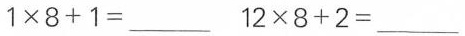
$$1 \times 8 +1 = _ _ _ $$ $$12 \times 8 + 2 = _ _ _ $$